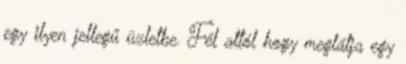
egy ilyen jellegű üzletbe. Fél attól hogy meglátja egy